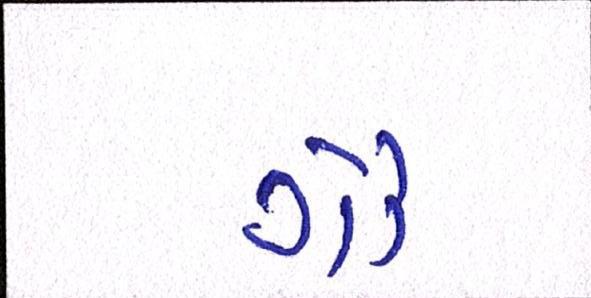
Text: ગૌ